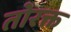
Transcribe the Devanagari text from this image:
तोरक्त